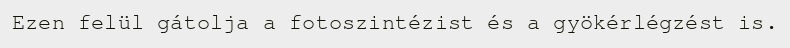
Ezen felül gátolja a fotoszintézist és a gyökérlégzést is.